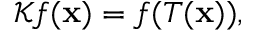
{ \mathcal K } f ( { \bf x } ) = f ( T ( { \bf x } ) ) ,